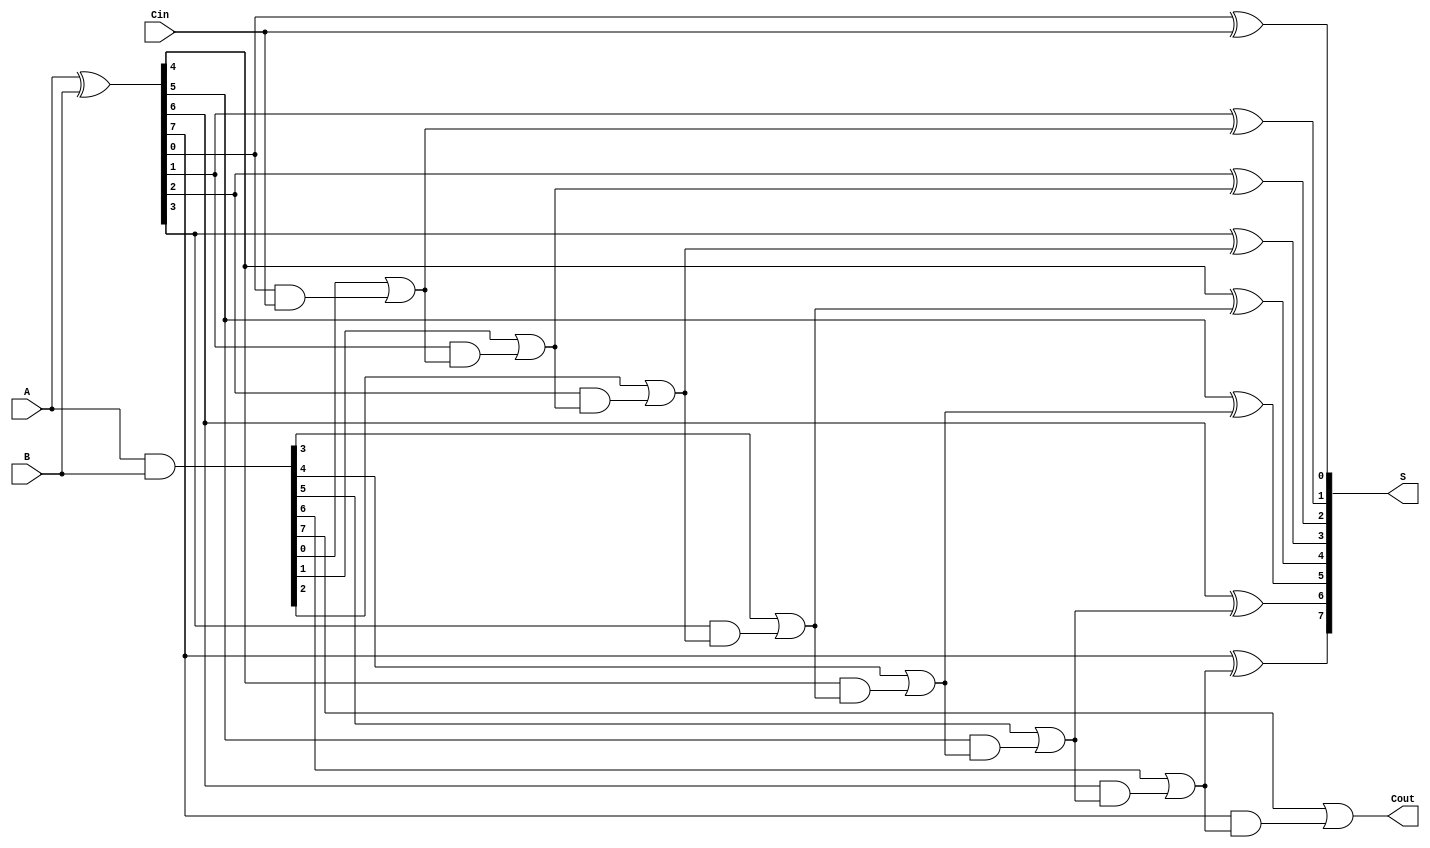
module KoggeStoneAdder #(parameter N = 8) (
    input [N-1:0] A, // First input
    input [N-1:0] B, // Second input
    input Cin,       // Carry input
    output [N-1:0] S, // Sum output
    output Cout      // Carry output
);

// Generate and Propagate signals
wire [N-1:0] G; // Generate signals
wire [N-1:0] P; // Propagate signals
assign G = A & B;
assign P = A ^ B;

// Intermediate carry signals
wire [N:0] C;

// Carry for the least significant bit with Cin
assign C[0] = Cin;

// Kogge-Stone Prefix Network
genvar i, j;
generate
    // Stage 1
    for (i = 0; i < N; i = i + 1) begin
        assign C[i + 1] = G[i] | (P[i] & C[i]);
    end

    // Sum Calculation
    for (j = 0; j < N; j = j + 1) begin
        assign S[j] = P[j] ^ C[j];
    end
endgenerate

// Final carry-out
assign Cout = C[N];

endmodule